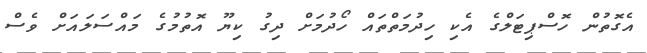
އެގޮތުން ހޮސްޕިޓަލްގެ އެކި ހިދުމަތްތައް ހޯދުމަށް ދިގު ކިޔޫ އޮތުމުގެ މައްސަލައަށް ވެސް